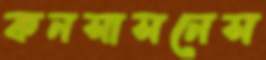
কনসাসনেস